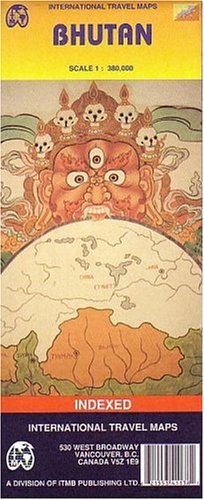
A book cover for Bhutan Map by ITMB (Travel Reference Map); ITMB Publishing; Travel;